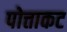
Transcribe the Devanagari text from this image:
पोत्ताकट